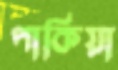
পাকিয়া